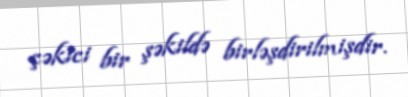
çəkici bir şəkildə birləşdirilmişdir.